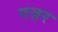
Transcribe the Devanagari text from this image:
गज़र